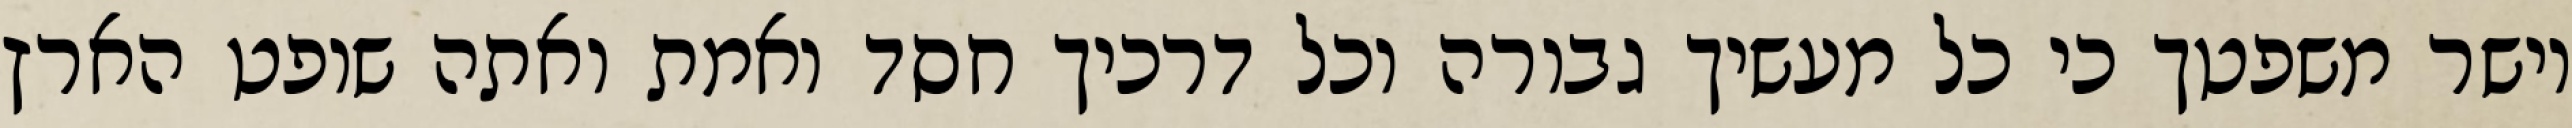
וישר משפטך כי כל מעשיך גבורה וכל דרכיך חסד ואמת ואתה שופט הארץ